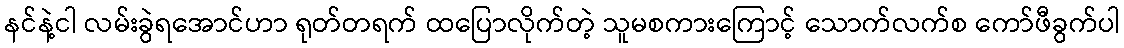
နင်နဲ့ငါ လမ်းခွဲရအောင်ဟာ ရုတ်တရက် ထပြောလိုက်တဲ့ သူမစကားကြောင့် သောက်လက်စ ကော်ဖီခွက်ပါ